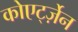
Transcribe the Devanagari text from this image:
कोएर्ट्ज़ेन